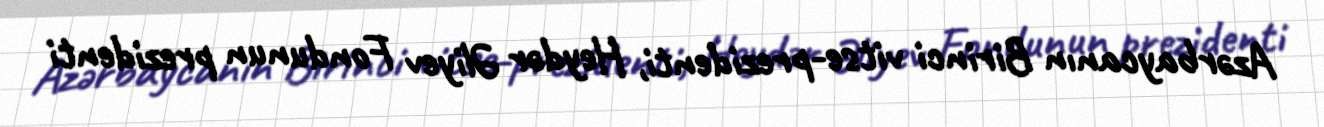
Azərbaycanın Birinci vitse-prezidenti, Heydər Əliyev Fondunun prezidenti